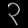
Digit: ၃